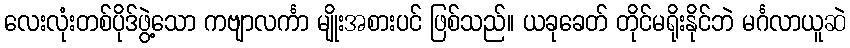
လေးလုံးတစ်ပိုဒ်ဖွဲ့သော ကဗျာလင်္ကာ မျိုးအစားပင် ဖြစ်သည်။ ယခုခေတ် တိုင်မရိုးနိုင်ဘဲ မင်္ဂလာယူဆဲ